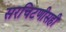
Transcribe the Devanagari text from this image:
सरचिटणीसही